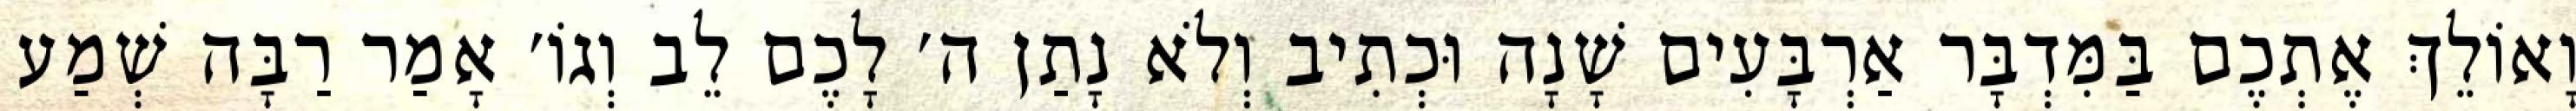
וָאוֹלֵךְ אֶתְכֶם בַּמִּדְבָּר אַרְבָּעִים שָׁנָה וּכְתִיב וְלֹא נָתַן ה׳ לָכֶם לֵב וְגוֹ׳ אָמַר רַבָּה שְׁמַע